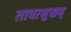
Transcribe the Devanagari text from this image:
तावत्सुखम्